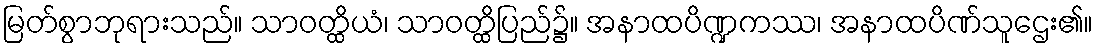
မြတ်စွာဘုရားသည်။ သာဝတ္ထိယံ၊ သာဝတ္ထိပြည်၌။ အနာထပိဏ္ဍကဿ၊ အနာထပိဏ်သူဌေး၏။